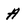
Character: A